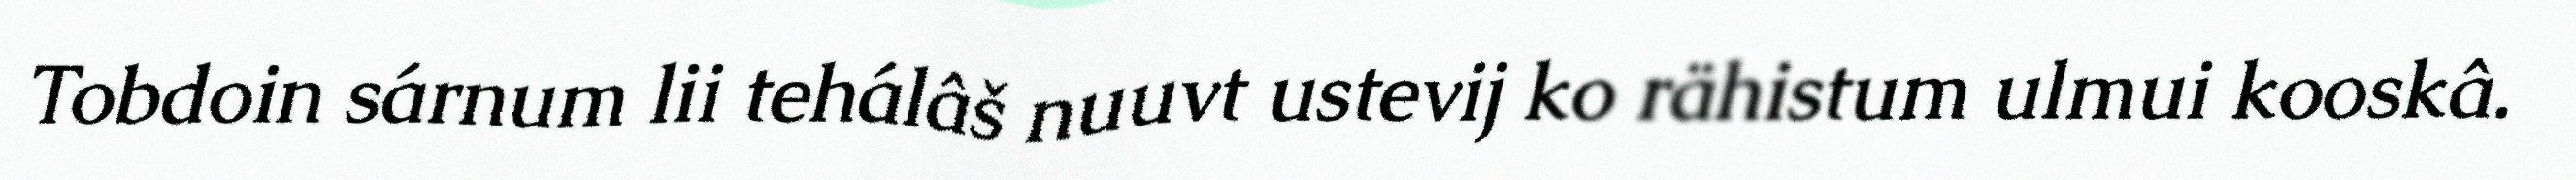
Tobdoin sárnum lii tehálâš nuuvt ustevij ko rähistum ulmui kooskâ.